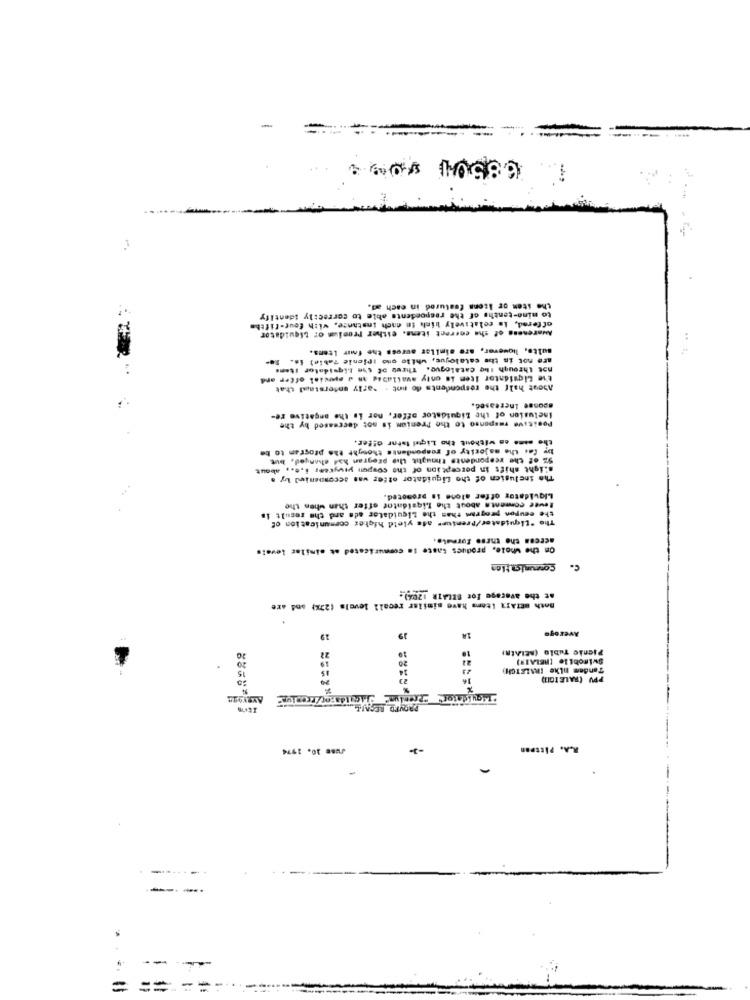
68504 2004
the iten or Icons featured in each ad.
to mine-tenths of the respondents able to correctly identify
offered, is relatively lich in cach instance, with four-fifthe
Awareness of the correct items. either Premium of Liquidator
sulte, liowever, are similar across the four Itens.
are not is the catalogue, while ond IPlenie Table) is. se-
not through The catalogue. Three of sie Liquidator items
the Liquidator Item is onty availabag an d special offer and
About half the respondents do not . sarly enterstal chat
sponse Increased,
Inclusion of the Liquidator offer, nor is the angative re-
Positive responso to the Premiun is not decreased by the
the same as without tho Liqui lator offer.
by Ca. the majority of respondents thought the program to be
5% of the respondents thoughit thie pregran had changed, but
slight shift in perception of the coupon piwyrem, i.e ., about
The inclusien of the Liquidator offer was accompanied by a
Liquidator offer alone is promoted,
teude comments about the Liquidator offer than when the
the coupon progrand thas the Liquidator ads ard the result is
The "Liquidator/Premiums ads yleld higher communication of
serena the these formato.
On the whole, producs taste la communicated at similar levels
c.
at the average Fot BELAIR 1204)
Both BEIAIR Itarm have similar recall levels (23%) and are
19
Average
22
T
T
Picnic Tablo (ACLAERI
20
Swimobile [RELAI")
15
20
Tandem nlhe IRALETCH
PPV (RALEIGIT)
PRONTO RECALL
R.A. Pittpan
-
====== =